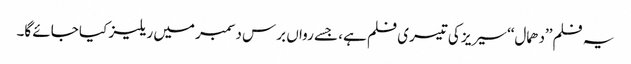
یہ فلم’’دھمال‘‘ سیریز کی تیسری فلم ہے، جسے رواں برس دسمبر میں ریلیز کیا جائے گا۔